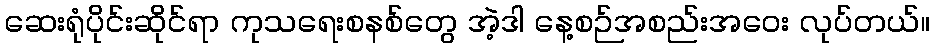
ဆေးရုံပိုင်းဆိုင်ရာ ကုသရေးစနစ်တွေ အဲ့ဒါ နေ့စဉ်အစည်းအဝေး လုပ်တယ်။